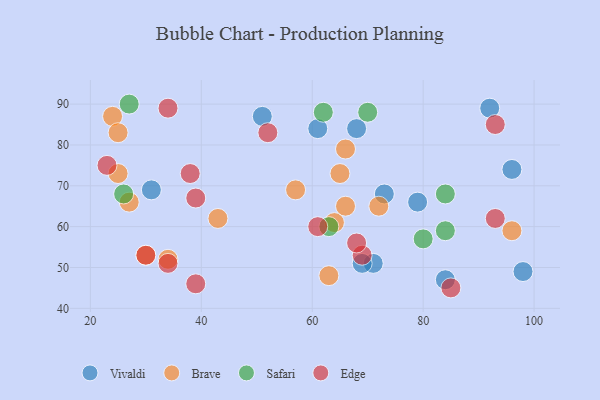
{"axis": {"x": "GDP", "y": "Life Expectancy"}, "legend": ["Brave", "Edge", "Safari", "Vivaldi"], "data": [{"x": "79", "y": 66, "type": "Vivaldi"}, {"x": "61", "y": 84, "type": "Vivaldi"}, {"x": "51", "y": 87, "type": "Vivaldi"}, {"x": "71", "y": 51, "type": "Vivaldi"}, {"x": "96", "y": 74, "type": "Vivaldi"}, {"x": "73", "y": 68, "type": "Vivaldi"}, {"x": "31", "y": 69, "type": "Vivaldi"}, {"x": "69", "y": 51, "type": "Vivaldi"}, {"x": "98", "y": 49, "type": "Vivaldi"}, {"x": "92", "y": 89, "type": "Vivaldi"}, {"x": "84", "y": 47, "type": "Vivaldi"}, {"x": "68", "y": 84, "type": "Vivaldi"}, {"x": "43", "y": 62, "type": "Brave"}, {"x": "34", "y": 52, "type": "Brave"}, {"x": "66", "y": 79, "type": "Brave"}, {"x": "30", "y": 53, "type": "Brave"}, {"x": "27", "y": 66, "type": "Brave"}, {"x": "96", "y": 59, "type": "Brave"}, {"x": "24", "y": 87, "type": "Brave"}, {"x": "64", "y": 61, "type": "Brave"}, {"x": "57", "y": 69, "type": "Brave"}, {"x": "25", "y": 73, "type": "Brave"}, {"x": "63", "y": 48, "type": "Brave"}, {"x": "66", "y": 65, "type": "Brave"}, {"x": "65", "y": 73, "type": "Brave"}, {"x": "72", "y": 65, "type": "Brave"}, {"x": "25", "y": 83, "type": "Brave"}, {"x": "70", "y": 88, "type": "Safari"}, {"x": "80", "y": 57, "type": "Safari"}, {"x": "27", "y": 90, "type": "Safari"}, {"x": "84", "y": 59, "type": "Safari"}, {"x": "62", "y": 88, "type": "Safari"}, {"x": "63", "y": 60, "type": "Safari"}, {"x": "84", "y": 68, "type": "Safari"}, {"x": "26", "y": 68, "type": "Safari"}, {"x": "93", "y": 85, "type": "Edge"}, {"x": "69", "y": 53, "type": "Edge"}, {"x": "52", "y": 83, "type": "Edge"}, {"x": "93", "y": 62, "type": "Edge"}, {"x": "34", "y": 89, "type": "Edge"}, {"x": "30", "y": 53, "type": "Edge"}, {"x": "39", "y": 46, "type": "Edge"}, {"x": "23", "y": 75, "type": "Edge"}, {"x": "39", "y": 67, "type": "Edge"}, {"x": "34", "y": 51, "type": "Edge"}, {"x": "61", "y": 60, "type": "Edge"}, {"x": "38", "y": 73, "type": "Edge"}, {"x": "85", "y": 45, "type": "Edge"}, {"x": "68", "y": 56, "type": "Edge"}]}